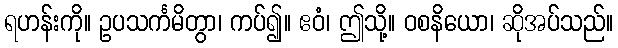
ရဟန်းကို။ ဥပသင်္ကမိတွာ၊ ကပ်၍။ ဧဝံ၊ ဤသို့။ ဝစနိယော၊ ဆိုအပ်သည်။